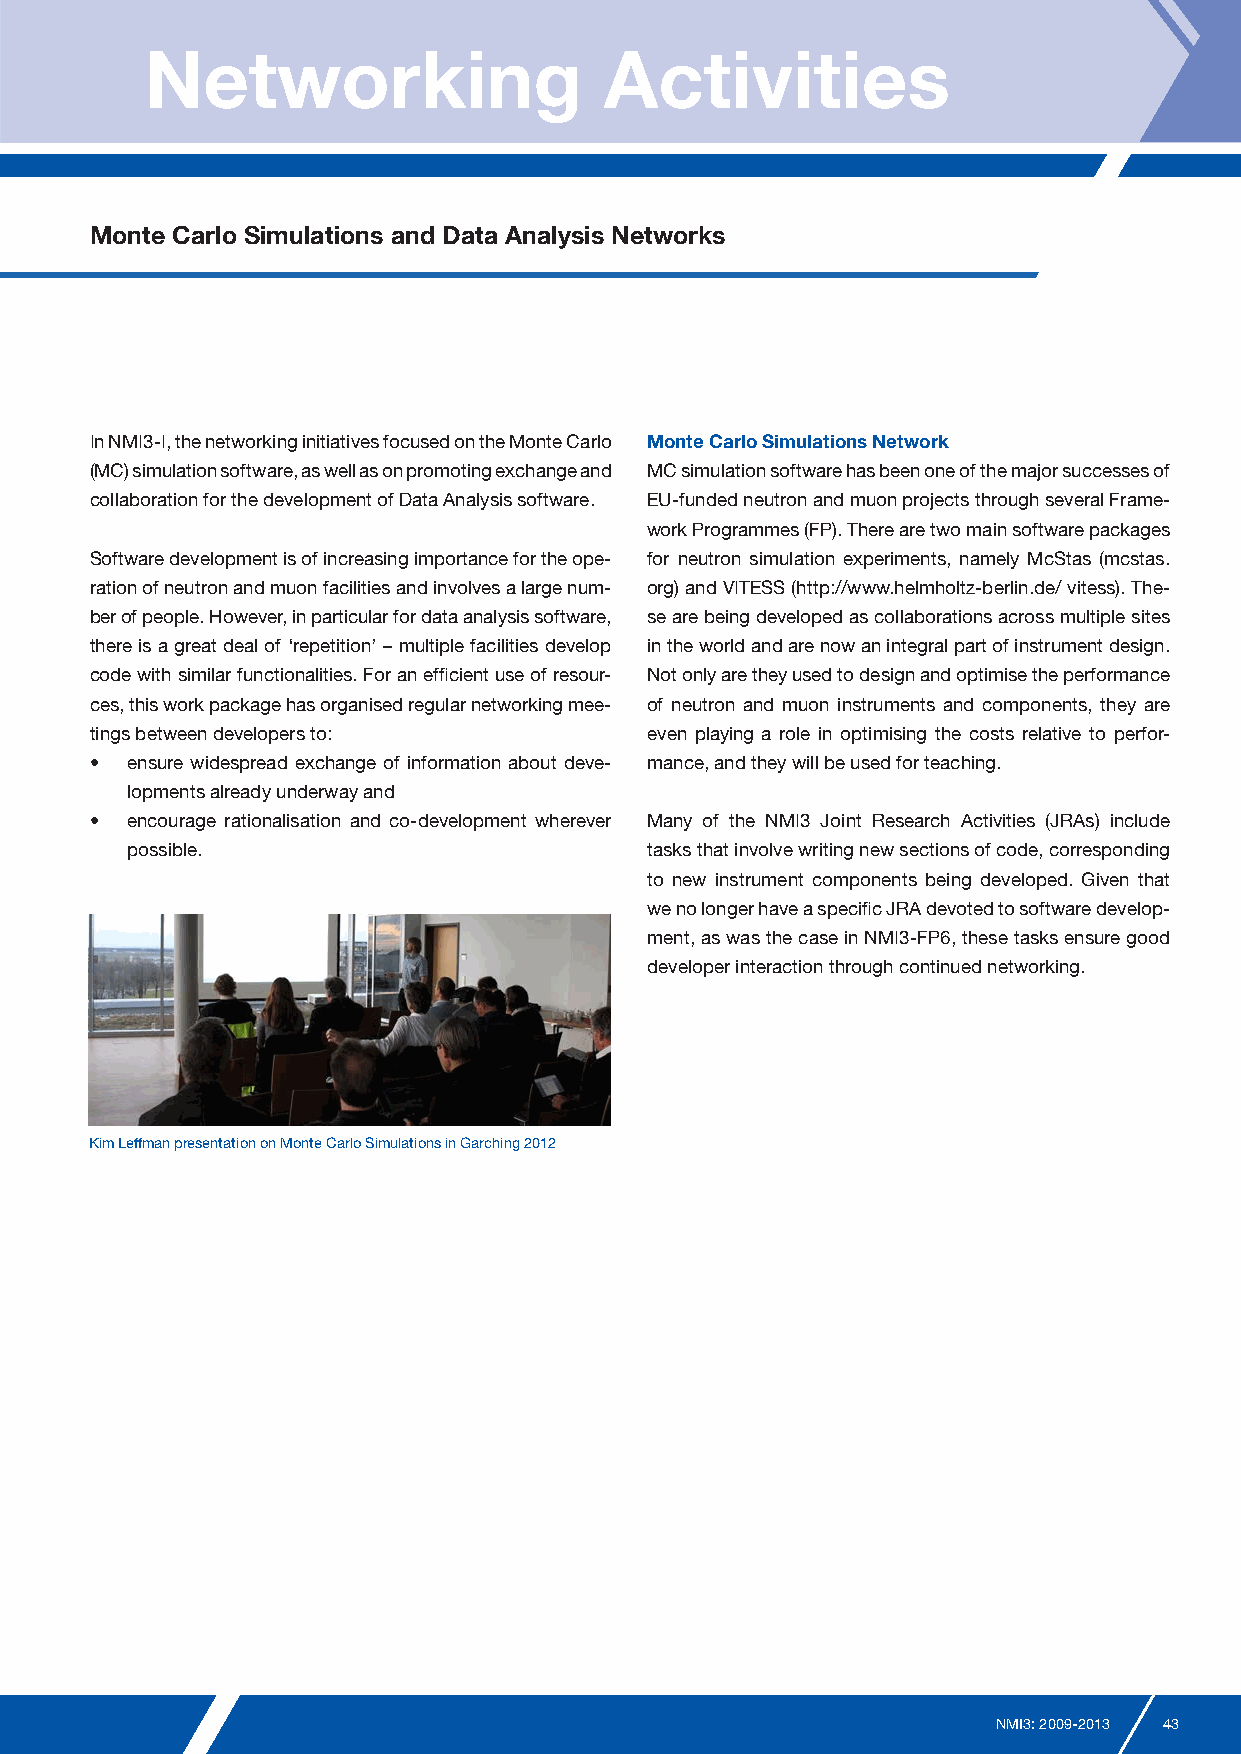
Networking                    Activities
 Monte Carlo Simulations and Data Analysis Networks
 In NMI3-I, the networking initiatives focused on the Monte Carlo Monte Carlo Simulations Network
 (MC) simulation software, as well as on promoting exchange and MC simulation software has been one of the major successes of
 collaboration for the development of Data Analysis software. EU-funded neutron and muon projects through several Frame-
 work Programmes (FP). There are two main software packages
 Software development is of increasing importance for the ope- for neutron simulation experiments, namely McStas (mcstas.
 ration of neutron and muon facilities and involves a large num- org) and VITESS (http://www.helmholtz-berlin.de/ vitess). The-
 ber of people. However, in particular for data analysis software, se are being developed as collaborations across multiple sites
 there is a great deal of ‘repetition’ – multiple facilities develop in the world and are now an integral part of instrument design.
 code with similar functionalities. For an efficient use of resour- Not only are they used to design and optimise the performance
 ces, this work package has organised regular networking mee- of neutron and muon instruments and components, they are
 tings between developers to:         even playing a role in optimising the costs relative to perfor-
 • ensure widespread exchange of information about deve- mance, and they will be used for teaching.
 lopments already underway and
 • encourage rationalisation and co-development wherever Many of the NMI3 Joint Research Activities (JRAs) include
 possible.                          tasks that involve writing new sections of code, corresponding
 to new instrument components being developed. Given that
 we no longer have a specific JRA devoted to software develop-
 ment, as was the case in NMI3-FP6, these tasks ensure good
 developer interaction through continued networking.
 Kim Leffman presentation on Monte Carlo Simulations in Garching 2012
 NMI3: 2009-2013 43